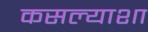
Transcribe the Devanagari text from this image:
कसल्याशा